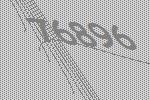
76896